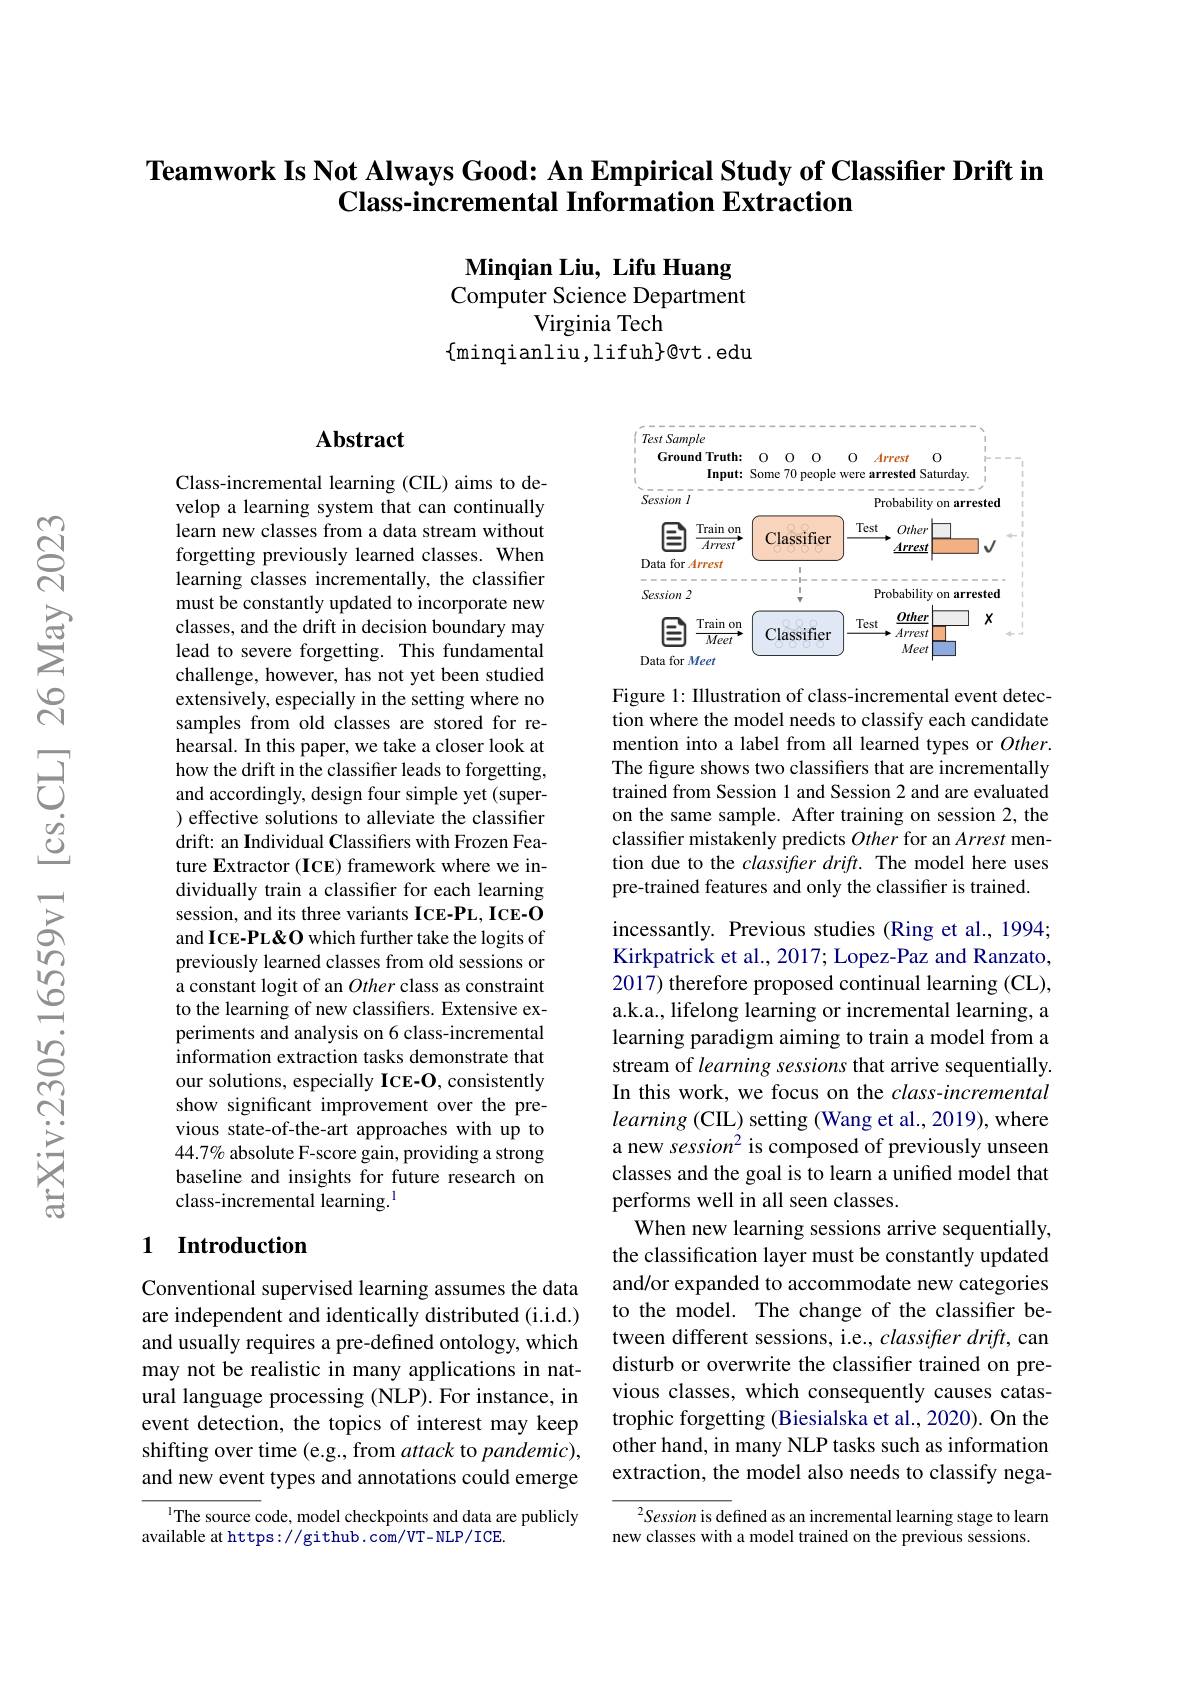
### $\textbf{Teamwork Is Not Always Good: An Empirical Study of Classifier Drift in}$ Class-incremental Information Extraction

Minqian Liu, Lifu Huang Computer Science Department
Virginia Tech
$\{$minqianliu,lifuh$\}@$vt.edu

## $\mathbf{Abstract}$

<FigureHere>

Figure 1: IIlustration of class-incremental event detection where the model needs to classify each candidate mention into a label from all learned types or $Other.$ The figure shows two classifiers that are incrementally trained from Session 1 and Session 2 and are evaluated on the same sample. After training on session 2, the classifter mistakenly predicts Other for an Arrest mention due to the classifier drift. The model here uses pre-trained features and only the classifier is trained.

Class-incremental learning (CIL) aims to develop a learning system that can continually learn new classes from a data stream without forgetting previously learned classes. When learning classes incrementally, the classifier must be constantly updated to incorporate new classes, and the drift in decision boundary may lead to severe forgetting. This fundamental challenge, however, has not yet been studied extensively, especially in the setting where no samples from old classes are stored for rehearsal. In this paper, we take a closer look at how the drift in the classifier leads to forgetting, and accordingly, design four simple yet (super- ) effective solutions to alleviate the classifier drift: an Individual Classifers with Frozen Feature Extractor (ICE) framework where we individually train a classifier for each learning session, and its three variants ICE-PL, ICE-O and ICE-PL&O which further take the logits of previously learned classes from old sessions or a constant logit of an Other class as constraint to the learning of new classifiers. Extensive experiments and analysis on 6 class-incremental information extraction tasks demonstrate that our solutions, especially ICE-O, consistently show significant improvement over the previous state-of-the-art approaches with up to $44.7\%$ absolute F-score gain, providing a strong baseline and insights for future research on class-incremental learning.$^{1}$

incessantly. Previous studies (Ring et al., 1994; Kirkpatrick et al., 2017; Lopez-Paz and Ranzato, 2017) therefore proposed continual learning (CL), a.k.a., lifelong learning or incremental learning, a learning paradigm aiming to train a model from a stream of learning sessions that arrive sequentially. In this work, we focus on the $class-incremental$ learning (CIL) setting (Wang et al., 2019), where a new session$^2$ is composed of previously unseen classes and the goal is to learn a unified model that performs well in all seen classes.
When new learning sessions arrive sequentially, the classification layer must be constantly updated and/or expanded to accommodate new categories to the model. The change of the classifier between different sessions, i.e., $classifterdrift$, can disturb or overwrite the classifer trained on previous classes, which consequently causes catastrophic forgetting (Biesialska et al., 2020). On the other hand, in many NLP tasks such as information extraction, the model also needs to classify nega-
$^2Session$ is defined as an incremental learning stage to learn

## 1 Introduction

Conventional supervised learning assumes the data are independent and identically distributed (i.i.d.) and usually requires a pre-defined ontology, which may not be realistic in many applications in natural language processing (NLP). For instance, in event detection, the topics of interest may keep shifting over time (e.g., from attack to pandemic), and new event types and annotations could emerge

IThe source code, model checkpoints and data are publicly
available at https://github.com/VT-NLP/ICE.

new classes with a model trained on the previous sessions.